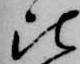
比